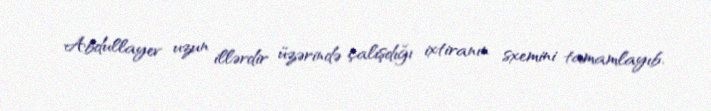
Abdullayev uzun illərdir üzərində çalışdığı ixtiranın sxemini tamamlayıb.